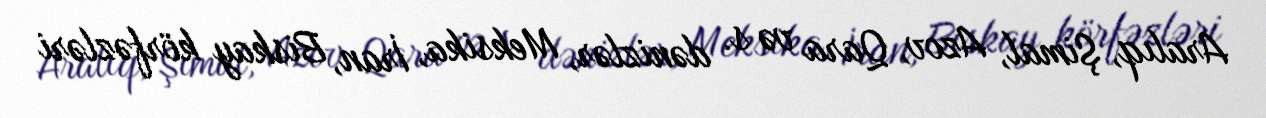
Aralıq, Şimal, Azov, Qara və s. dənizlər, Meksika, İran, Biskay körfəzləri